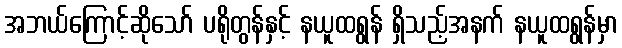
အဘယ်ကြောင့်ဆိုသော် ပရိုတွန်နှင့် နယူထရွန် ရှိသည့်အနက် နယူထရွန်မှာ